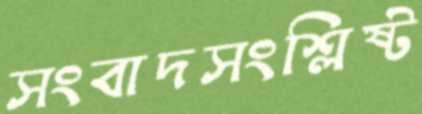
সংবাদসংশ্লিষ্ট